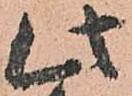
此